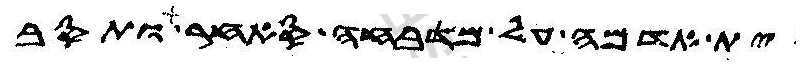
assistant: ית אדמה על מדבחה סאחר ותסב